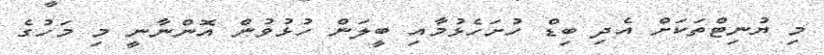
މި ޔުނިޓްތަކަށް އެދި ބިޑް ހުށަހެޅުމާއި ބީލަން ހުޅުވުން އޮންނާނީ މި މަހުގެ